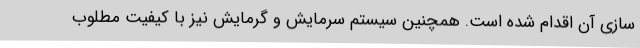
سازی آن اقدام شده است. همچنین سیستم سرمایش و گرمایش نیز با کیفیت مطلوب